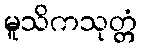
မူသိကသုတ္တံ